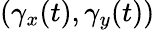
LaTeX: (\gamma_{x}(t),\gamma_{y}(t))